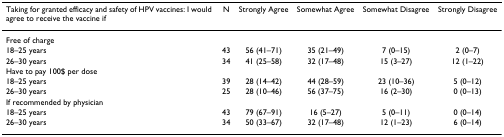
<table><thead><tr><td><b>Taking for granted efficacy and safety of HPV vaccines: I would agree to receive the vaccine if</b></td><td><b>N</b></td><td><b>Strongly Agree</b></td><td><b>Somewhat Agree</b></td><td><b>Somewhat Disagree</b></td><td><b>Strongly Disagree</b></td></tr></thead><tbody><tr><td>Free of charge</td><td></td><td></td><td></td><td></td><td></td></tr><tr><td>18–25 years</td><td>43</td><td>56 (41–71)</td><td>35 (21–49)</td><td>7 (0–15)</td><td>2 (0–7)</td></tr><tr><td>26–30 years</td><td>34</td><td>41 (25–58)</td><td>32 (17–48)</td><td>15 (3–27)</td><td>12 (1–22)</td></tr><tr><td>Have to pay 100$ per dose</td><td></td><td></td><td></td><td></td><td></td></tr><tr><td>18–25 years</td><td>39</td><td>28 (14–42)</td><td>44 (28–59)</td><td>23 (10–36)</td><td>5 (0–12)</td></tr><tr><td>26–30 years</td><td>25</td><td>28 (10–46)</td><td>56 (37–75)</td><td>16 (2–30)</td><td>0 (0–13)</td></tr><tr><td>If recommended by physician</td><td></td><td></td><td></td><td></td><td></td></tr><tr><td>18–25 years</td><td>43</td><td>79 (67–91)</td><td>16 (5–27)</td><td>5 (0–11)</td><td>0 (0–14)</td></tr><tr><td>26–30 years</td><td>34</td><td>50 (33–67)</td><td>32 (17–48)</td><td>12 (1–23)</td><td>6 (0–14)</td></tr></tbody></table>